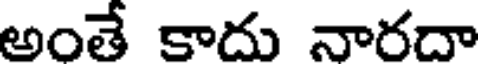
అంతే కాదు నారదా